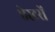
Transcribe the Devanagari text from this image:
ऐस्टरों